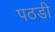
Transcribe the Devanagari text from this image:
पठडी